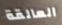
العالقة